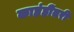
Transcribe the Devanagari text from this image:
काहंहींतरी